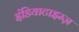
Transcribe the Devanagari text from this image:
इंडियाटाइम्‍ज़